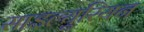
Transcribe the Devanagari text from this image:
साइल्यूरियन